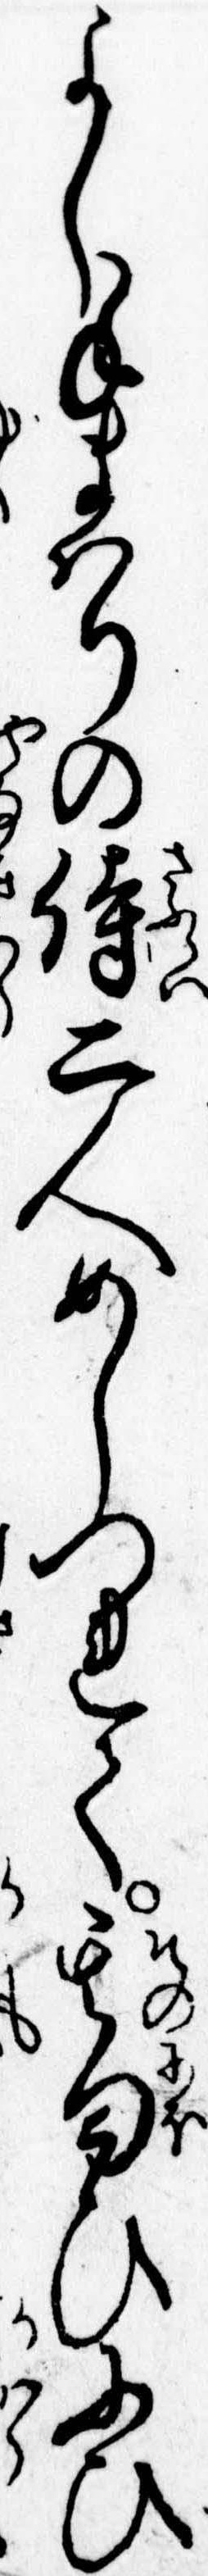
よし手まはりの侍二人めしつれて其匂ひにひ